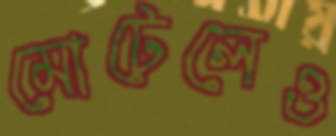
মোটেলেও